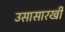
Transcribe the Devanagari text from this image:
उसासारखी